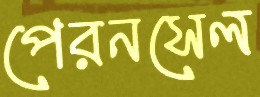
পেরনসেল